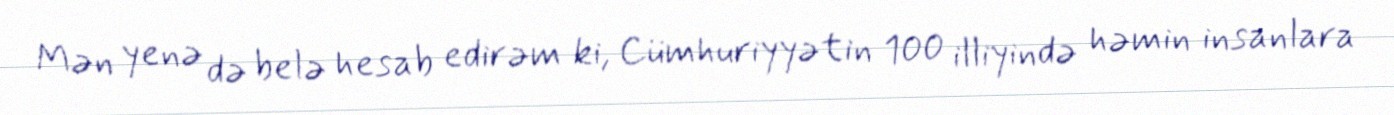
Mən yenə də belə hesab edirəm ki, Cümhuriyyətin 100 illiyində həmin insanlara